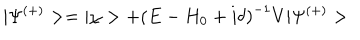
| \Psi ^ { ( + ) } > = | \chi > + \left( E - H _ { 0 } + i \delta \right) ^ { - 1 } V | \Psi ^ { ( + ) } > \;